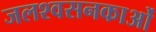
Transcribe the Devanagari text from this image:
जलश्वसनकाओं